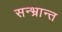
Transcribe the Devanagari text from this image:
सन्भ्रान्त